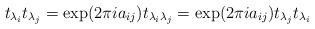
LaTeX: \begin{align*}t_{\lambda_i}t_{\lambda_j}=\exp(2\pi ia_{ij})t_{\lambda_i\lambda_j}=\exp(2\pi ia_{ij})t_{\lambda_j}t_{\lambda_i}\end{align*}